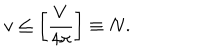
v \leq \left[ { \frac { V } { 4 \pi } } \right] \equiv N .